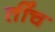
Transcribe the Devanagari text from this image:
तींच